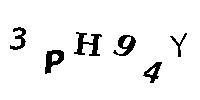
3PH94Y